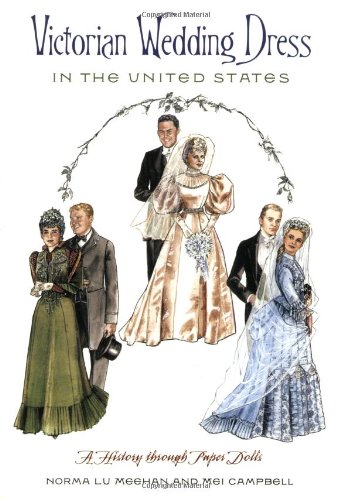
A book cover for Victorian Wedding Dress in the United States: A History through Paper Dolls; Norma Lu Meehan; Crafts, Hobbies & Home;